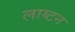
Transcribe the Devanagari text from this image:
लाय्टन